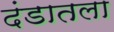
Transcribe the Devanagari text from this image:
दंडातला